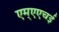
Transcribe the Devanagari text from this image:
एम्एएचई